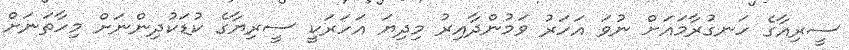
ސީރިއާގެ ހަނގުރާމައަށް ނުވަ އަހަރު ވަމުންދާއިރު މިދިޔަ އަހަރަކީ ސީރިޔާގެ ކުޑަކުދިންނަށް މިހާތަނަށް